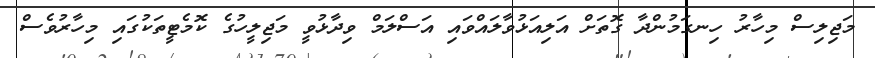
މަޖިލިސް މިހާރު ހިނގަމުންދާ ގޮތަށް އަލިއަޅުވާލައްވައި އަސްލަމް ވިދާޅުވީ މަޖިލީހުގެ ކޮމެޓީތަކުގައި މިހާރުވެސް